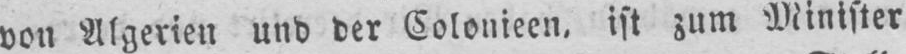
von Algerien und der Colonieen‚ ist zum Minister